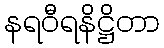
နရဝီရနိဋ္ဌိတာ